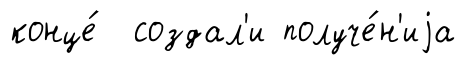
конце́ создал'и получе́н'иjа